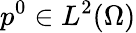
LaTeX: p^{0}\in L^{2}(\Omega)